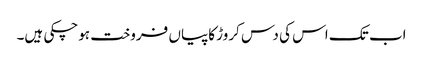
اب تک اس کی دس کروڑ کاپیاں فروخت ہوچکی ہیں۔